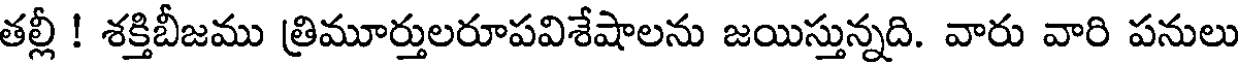
తల్లీ ! శక్తిబీజము త్రిమూర్తులరూపవిశేషాలను జయిస్తున్నది. వారు వారి పనులు